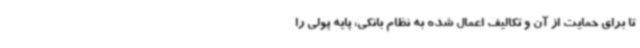
تا برای حمایت از آن و تکالیف اعمال شده به نظام بانکی، پایه پولی را